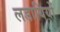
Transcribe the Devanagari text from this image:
लडायियों